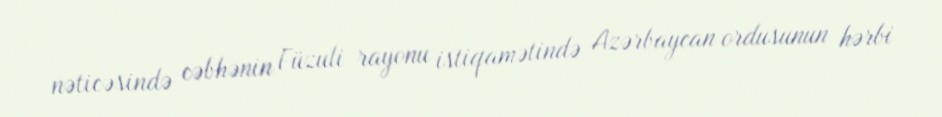
nəticəsində cəbhənin Füzuli rayonu istiqamətində Azərbaycan ordusunun hərbi